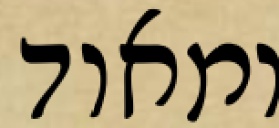
ומאוד